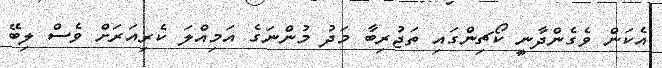
އެކަން ވެގެންދާނީ ކޯޗިންގައި ތަޖުރިބާ މަދު މުންނަގެ އަމިއްލަ ކެރިއަރަށް ވެސް ލިބޭ